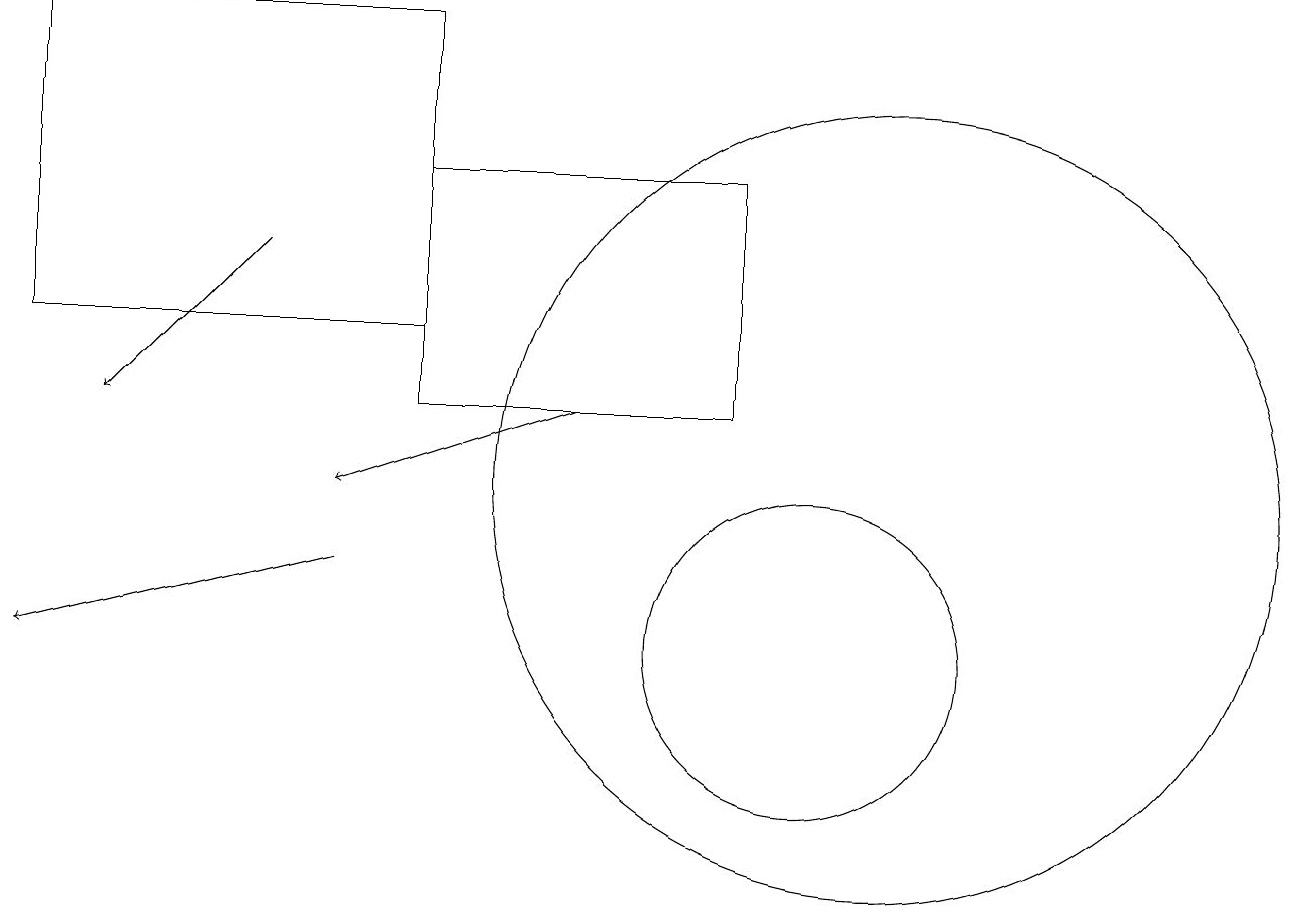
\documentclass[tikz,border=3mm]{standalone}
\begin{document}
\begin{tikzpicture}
\draw[->] (7,13) -- (4,12);
\draw[->] (4,11) -- (0,10);
\draw (10,10) circle (2);
\draw[->] (3,15) -- (1,13);
\draw (11,12) circle (5);
\draw (5,13) rectangle (9,16);
\draw (0,14) rectangle (5,18);
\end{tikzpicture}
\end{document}